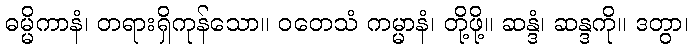
ဓမ္မိကာနံ၊ တရားရှိကုန်သော။ ဝတေသံ ကမ္မာနံ၊ တို့ဖို့။ ဆန္ဒံ၊ ဆန္ဒကို။ ဒတွာ၊